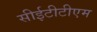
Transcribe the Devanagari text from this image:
सीईटीटीएम